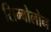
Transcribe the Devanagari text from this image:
सिम्बोलोन